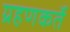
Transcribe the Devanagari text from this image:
ग्रहणकर्ते